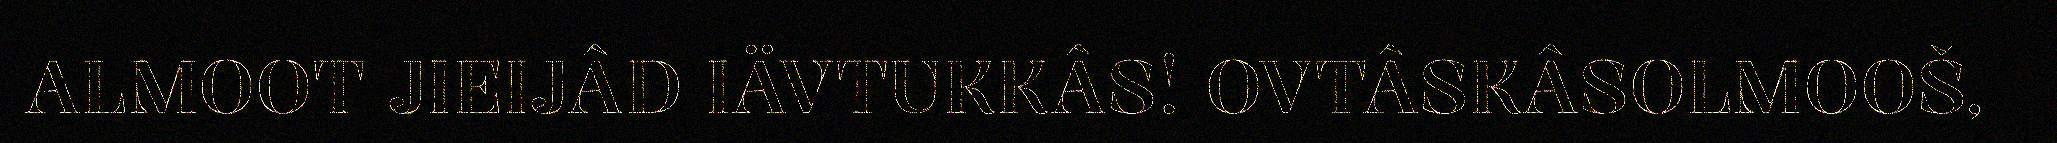
ALMOOT JIEIJÂD IÄVTUKKÂS! OVTÂSKÂSOLMOOŠ,